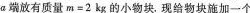
α端放有质量$$m = 2 k g$$ 的小物块。现给物块施加一个